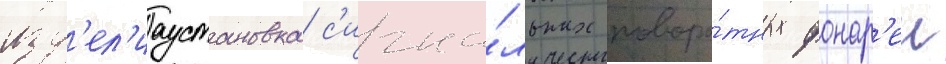
изд'ел'иаустановка с'игна́льных поворо́тных фонар'еи